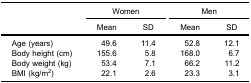
<table><thead><tr><td rowspan="3"><b> </b></td><td colspan="2"><b>Women</b></td><td colspan="2"><b>Men</b></td></tr><tr><td><b>Mean</b></td><td><b>SD</b></td><td><b>Mean</b></td><td><b>SD</b></td></tr></thead><tbody><tr><td>Age (years)</td><td>49.6</td><td>11.4</td><td>52.8</td><td>12.1</td></tr><tr><td>Body height (cm)</td><td>155.6</td><td>5.8</td><td>168.0</td><td>6.7</td></tr><tr><td>Body weight (kg)</td><td>53.4</td><td>7.1</td><td>66.2</td><td>11.2</td></tr><tr><td>BMI (kg/m<sup>2</sup>)</td><td>22.1</td><td>2.6</td><td>23.3</td><td>3.1</td></tr></tbody></table>